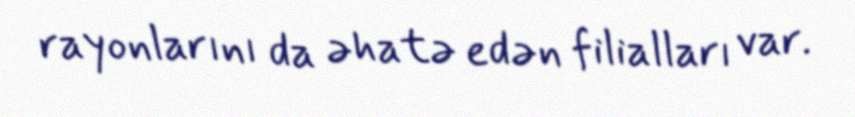
rayonlarını da əhatə edən filialları var.